Vaccination report Assam 1896-1927 - 1896-1927
Year: 1896
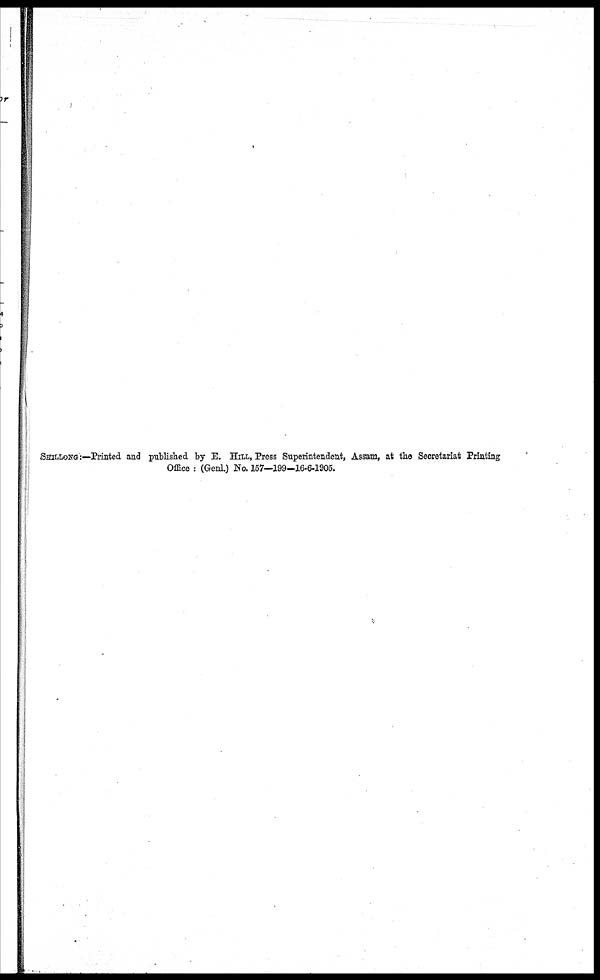
SHILLONG:—Printed and published by E. HILL, Press Superintendent, Assam, at the Secretariat Printing
Office : (Genl.) No. 157—199—16-6-1905.